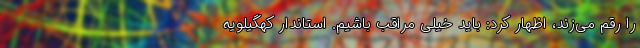
را رقم می‌زند، اظهار کرد: باید خیلی مراقب باشیم. استاندار کهگیلویه